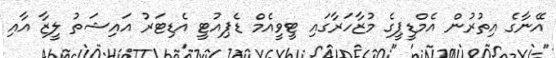
އޭނާގެ އިތުރުން އެމްޑީޕީގެ މުޒާހަރާގައި ޓީވީއެމް ޑެޕިއުޓީ އެޑިޓަރު އައިޝަތު ލީޒާ އާއި